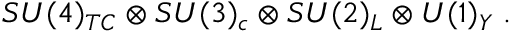
S U ( 4 ) _ { T C } \otimes S U ( 3 ) _ { c } \otimes S U ( 2 ) _ { L } \otimes U ( 1 ) _ { Y } \; .